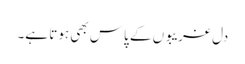
دل غریبوں کے پاس بھی ہوتا ہے۔